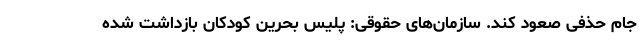
جام حذفی صعود کند. سازمان‌های حقوقی: پلیس بحرین کودکان بازداشت شده